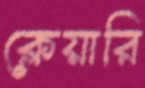
ক্লেয়ারি